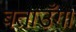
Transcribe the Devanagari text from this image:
बताउँगा